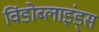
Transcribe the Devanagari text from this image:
विंडोब्लाइंड्स